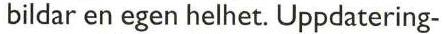
bildar en egen helhet. Uppdatering-